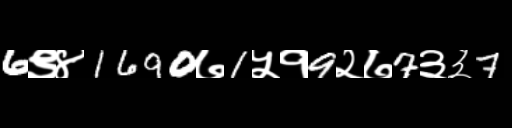
Text: 6९४1690७1५१9२७7३३7